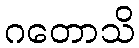
ဂတောသိ